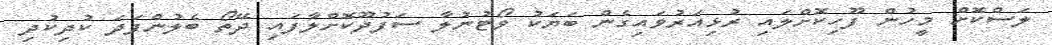
ލަސްކޮށް މީހުން ފޫހިކޮށްލައި ރުޅިއަރުވައިގެން ބަޔަކު ވޯޓުނުލާ ސަފުދޫކޮށްލާފައި ދޭތޯ ބެލުންފަދަ ކުދިކުދި